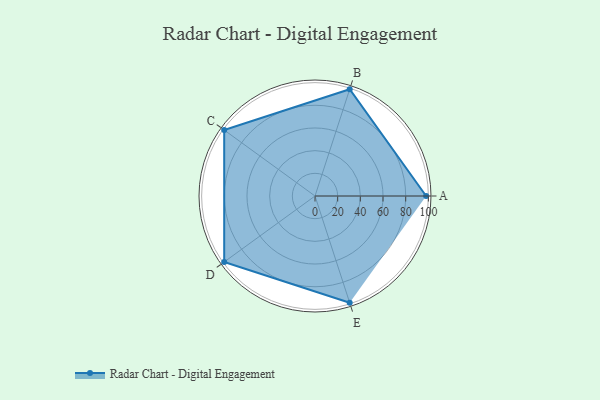
{"axis": {"x": "Skill", "y": "Score"}, "legend": ["Profile"], "data": [{"x": "A", "y": 98.0, "type": "Profile"}, {"x": "B", "y": 99, "type": "Profile"}, {"x": "C", "y": 99, "type": "Profile"}, {"x": "D", "y": 99, "type": "Profile"}, {"x": "E", "y": 99, "type": "Profile"}]}